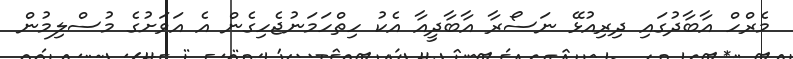
މެރްހް އާބާދުގައި ދިރިއުޅޭ ނަސޯރާ އާބާދީއާ އެކު ހިތްހަމަނުޖެހިގެން އެ އަވަށުގެ މުސްލިމުން